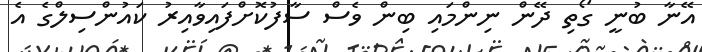
އޭނާ ބުނީ ގޯތި ދޭން ނިންމައި ބިން ވެސް ސާފުކޮށްފައިވާއިރު ކައުންސިލްގެ އެ